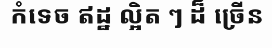
កំទេច ឥដ្ឋ ល្អិត ៗ ដ៏ ច្រើន